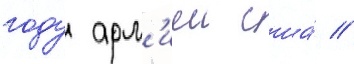
году арм'иеи сша́ //